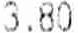
3.80